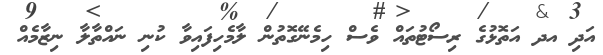
އަދި އދ އަތޮޅުގެ ރިސޯޓުތައް ވެސް ހިމެނޭގޮތުން ލާމެހިފައިވާ ކުނި ނައްތާލާ ނިޒާމެއް